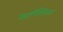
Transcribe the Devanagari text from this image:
कार्गिलिक